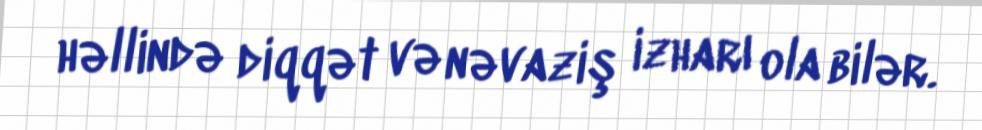
həllində diqqət və nəvaziş izharı ola bilər.